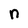
Character: n